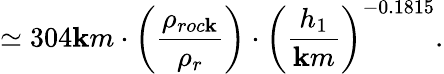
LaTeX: {\simeq304\mathbf{k}m\cdot\left(\frac{{\rho_{roc\mathbf{k}}}}{{\rho_{r}}}\right)}\cdot{\left(\frac{{h_{1}}}{{\mathbf{k}m}}\right)^{-0.1815}}.